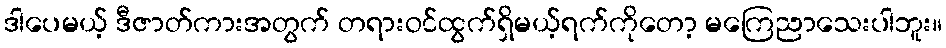
ဒါပေမယ့် ဒီဇာတ်ကားအတွက် တရားဝင်ထွက်ရှိမယ့်ရက်ကိုတော့ မကြေညာသေးပါဘူး။